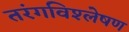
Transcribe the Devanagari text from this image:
तरंगविश्लेषण